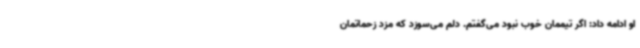
او ادامه داد: اگر تیممان خوب نبود می‌گفتم. دلم می‌سوزد که مزد زحماتمان